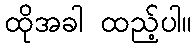
ထိုအခါ ထည့်ပါ။